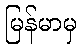
မြန်မာမှ